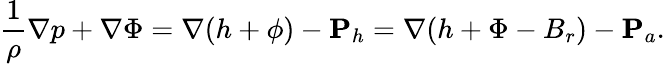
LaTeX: \frac{1}{\rho}\nabla p+\nabla\Phi=\nabla(h+\phi)-{\mathbf P}_{h}=\nabla(h+\Phi-B_{r})-{\mathbf P}_{a}.